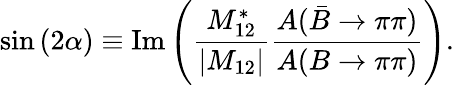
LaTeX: \sin{(2\alpha)}\equiv\mathrm{Im}\left({\frac{M_{12}^{*}}{|M_{12}|}}{\frac{A(\bar{B}\rightarrow\pi\pi)}{A(B\rightarrow\pi\pi)}}\right).